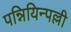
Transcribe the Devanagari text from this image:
पन्नियिन्पल्ली